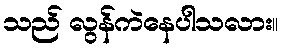
သည် လွန်ကဲနေပါသလား။